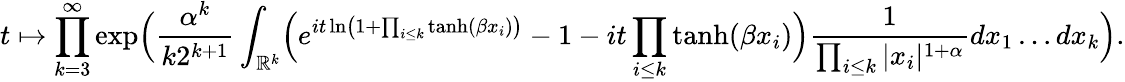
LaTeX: t\mapsto\prod_{k=3}^{\infty}\exp\Bigl(\frac{\alpha^{k}}{k2^{k+1}}\int_{\mathbb R^{k}}\Bigl(e^{it\ln\bigl(1+\prod_{i\leq k}\operatorname{tanh}(\beta x_{i})\bigr)}-1-it\prod_{i\leq k}\operatorname{tanh}(\beta x_{i})\Bigr)\frac{1}{\prod_{i\leq k}|x_{i}|^{1+\alpha}}dx_{1}\dots dx_{k}\Bigr).